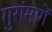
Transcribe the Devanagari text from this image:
गुरांमागें